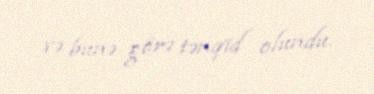
və bunə görə tənqid olundu.